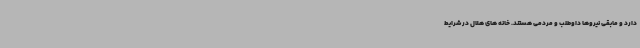
دارد و مابقی نیروها داوطلب و مردمی هستند. خانه های هلال در شرایط